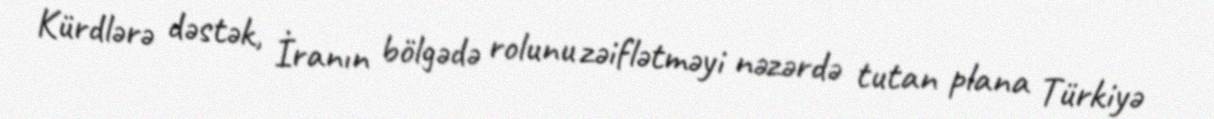
Kürdlərə dəstək, İranın bölgədə rolunu zəiflətməyi nəzərdə tutan plana Türkiyə